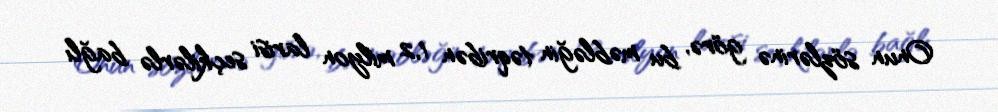
Onun sözlərinə görə, bu məbləğin təqribən 1,2 milyon larisi seçkilərlə bağlı